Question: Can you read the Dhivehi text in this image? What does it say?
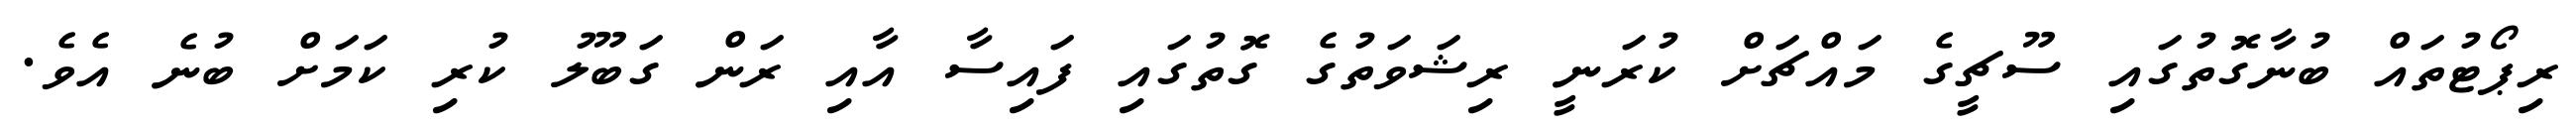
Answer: ރިޕޯޓުތައް ބުނާގޮތުގައި ސޫޗީގެ މައްޗަށް ކުރަނީ ރިޝަވަތުގެ ގޮތުގައި ފައިސާ އާއި ރަން ގަބޫލު ކުރި ކަމަށް ބުނެ އެވެ.